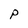
Character: P